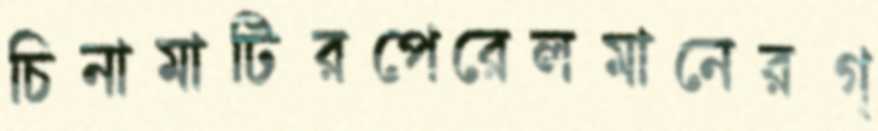
চিনামাটিরপেরেলমানেরগ্